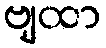
ဗျထာ